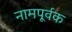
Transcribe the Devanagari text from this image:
नामपूर्वक